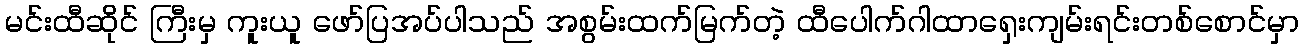
မင်းထီဆိုင် ကြီးမှ ကူးယူ ဖော်ပြအပ်ပါသည် အစွမ်းထက်မြက်တဲ့ ထီပေါက်ဂါထာရှေးကျမ်းရင်းတစ်စောင်မှာ